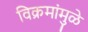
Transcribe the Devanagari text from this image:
विक्रमांमुळे